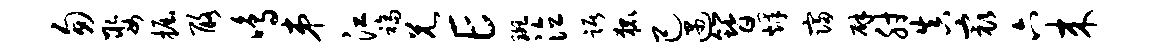
匆娶掘酪鸣弟江福兄E斑泣踞狐己遇簪烽寝辟肘真最六来